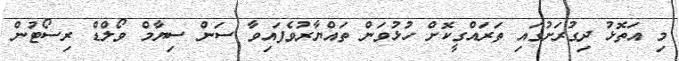
މި އަތޮޅު ދިގުރަށުގައި ތަރައްގީކޮށް ހުޅުވަން ތައްޔާރުވެފައިވާ ސަން ސިޔާމް ވޯލްޑް ރިސޯޓުން